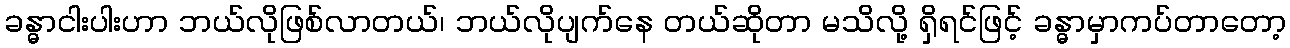
ခန္ဓာငါးပါးဟာ ဘယ်လိုဖြစ်လာတယ်၊ ဘယ်လိုပျက်နေ တယ်ဆိုတာ မသိလို့ ရှိရင်ဖြင့် ခန္ဓာမှာကပ်တာတော့